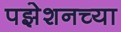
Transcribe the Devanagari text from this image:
पझेशनच्या